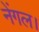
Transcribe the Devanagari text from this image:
नेंगल।